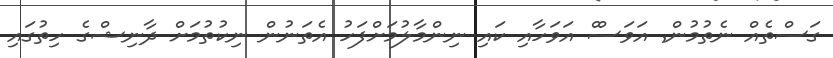
ގަސްތެއް ނެތުމުން